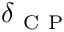
\delta _ { \mathrm { ~ C ~ P ~ } }